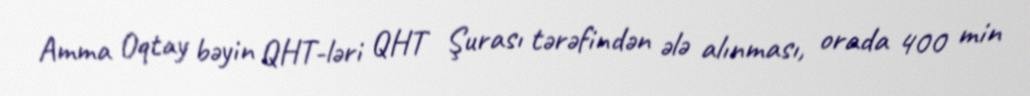
Amma Oqtay bəyin QHT-ləri QHT Şurası tərəfindən ələ alınması, orada 400 min